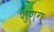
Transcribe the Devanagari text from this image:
शुण्ग